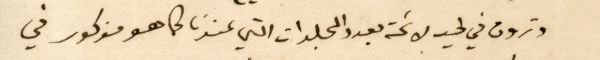
وتجدون في طيه لائحة بعدد المجلدات التي عندنا كما هو مذكور في